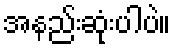
အနည်းဆုံးပါပဲ။